King Institute of Preventive Medicine Micro-Biological Section reports 1912-19
Year: 1912
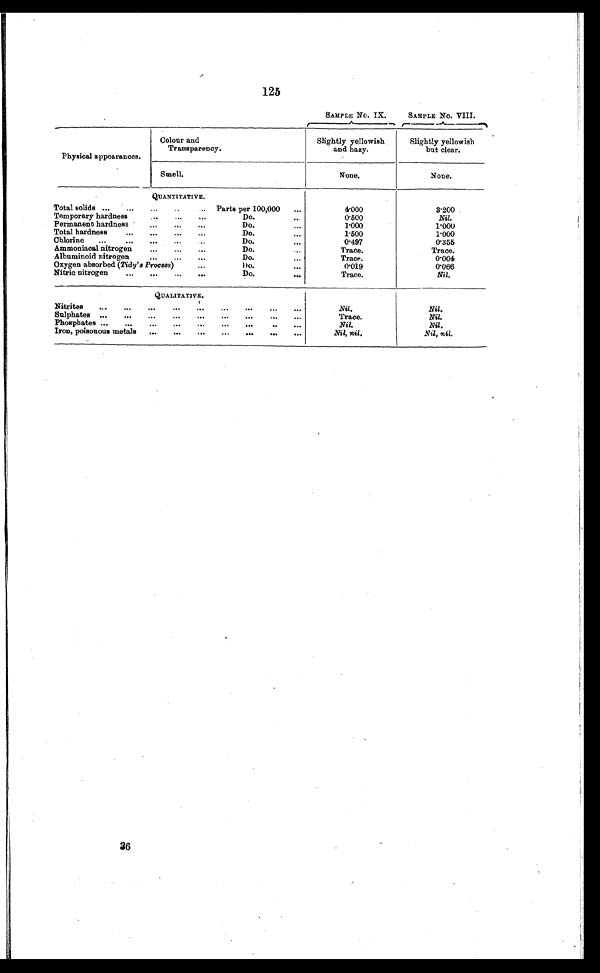
125
SAMPLE No. IX.
SAMPLE No. VIII.
Physical appearances.
Colour and
Transparency.
Slightly yellowish
and hazy.
Slightly yellowish
but clear.
Smell.
None.
None.
QUANTITATIVE.
4.000
3.200
Total solids ...
...
...
..
Parts per 100,000
...
Temporary hardness
...
...
Do.
0.500
Nil.
Permanent hardness
...
...
...
Do.
...
1.000
1.000
Total hardness
...
...
...
Do.
...
1.500
1.000
Chlorine
...
...
...
...
Do.
...
0.497
0.355
Ammoniacal nitrogen
......
Do.
Trace.
Trace.
Albuminoid nitrogen
...
...
...
Do
. ...
0.004
Oxygen absorbed ( Tidy's Process)
...
Do.
...
0.019
0.066
Nitric nitrogen
...
...
Do.
...
Trace.
Nil.
QUALITATIVE.
Nil.
Nil.
Nitrites
...
...
...
...
...
...
...
...
...
Sulphates ...
...
...
...
...
...
...
...
...
Trace.
Nil.
Phosphates ...
...
...
...
...
...
..
...
Nil.
Nil.
Iron, poisonous metals
...
...
...
...
...
...
...
Nil, nil.
Nil, nil.
36